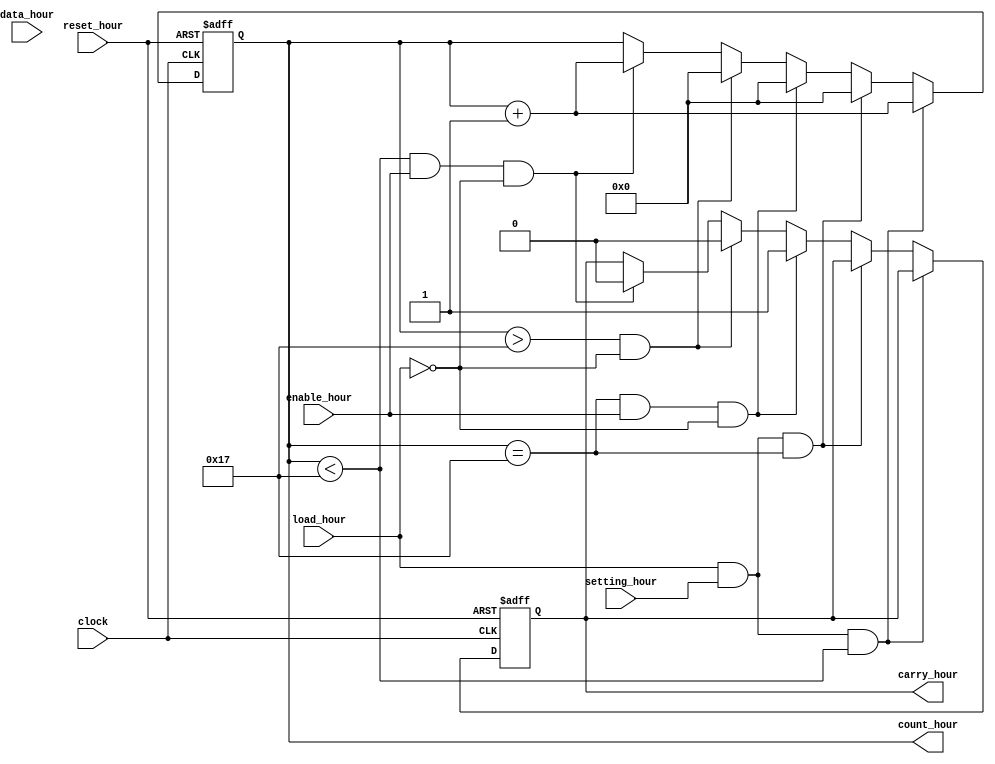
`timescale 1ns / 1ps
//////////////////////////////////////////////////////////////////////////////////
// Company: 
// Engineer: 
// 
// Design Name: 
// Module Name:    counter_hour 
// Project Name: 
// Target Devices: 
// Tool versions: 
// Description: 
//
// Dependencies: 
//
// Revision: 
// Revision 0.01 - File Created
// Additional Comments: 
//
//////////////////////////////////////////////////////////////////////////////////
module counter_hour(setting_hour, data_hour, load_hour, count_hour, enable_hour, reset_hour, clock, carry_hour);
 
    input load_hour, enable_hour, reset_hour, clock;
	 input setting_hour;
    input [5:0] data_hour;
    output [5:0]count_hour;
    reg [5:0] count_hour;
	 output carry_hour;
    reg  carry_hour;
	 
     always @ (posedge clock or posedge reset_hour)
         begin
		     if (reset_hour)begin
		         count_hour<=6'b000000;
					carry_hour<=2'b0;
					end
		     else if (load_hour && setting_hour && count_hour<23)
			      count_hour<=count_hour+1;
           else if (load_hour && setting_hour && count_hour==23)
			      count_hour<=6'b000000;						
			  else if (count_hour==23 && enable_hour && load_hour==0) begin
		         count_hour<=6'b000000;
					carry_hour<=2'b1;
					end
			  else if (count_hour>23 && load_hour==0) begin
		         count_hour<=6'b000000;
					carry_hour<=2'b0;
				   end	
			  else if (count_hour<23 && enable_hour && load_hour==0) begin
		         count_hour<=count_hour+1;
					carry_hour<=2'b0;
			      end			     				 
 		   end				
endmodule